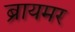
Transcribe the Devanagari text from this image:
ब्रायमर